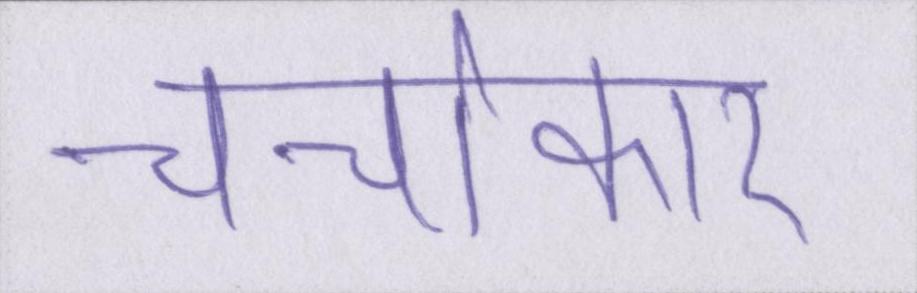
चर्चाकार